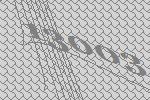
13003